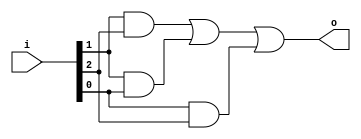
`timescale 1ns / 1ps

module majority(
    input [2:0] i,
    output o
    );

assign o = (i[1] & i[2]) | (i[1] & i[0]) | (i[0] & i[2]);

endmodule